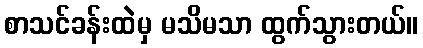
စာသင်ခန်းထဲမှ မသိမသာ ထွက်သွားတယ်။